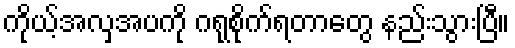
ကိုယ့်အလှအပကို ဂရုစိုက်ရတာတွေ နည်းသွားပြီ။